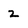
Character: 2